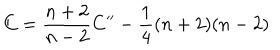
LaTeX: C = \frac { n + 2 } { n - 2 } C ^ { \prime \prime } - \frac { 1 } { 4 } ( n + 2 ) ( n - 2 )